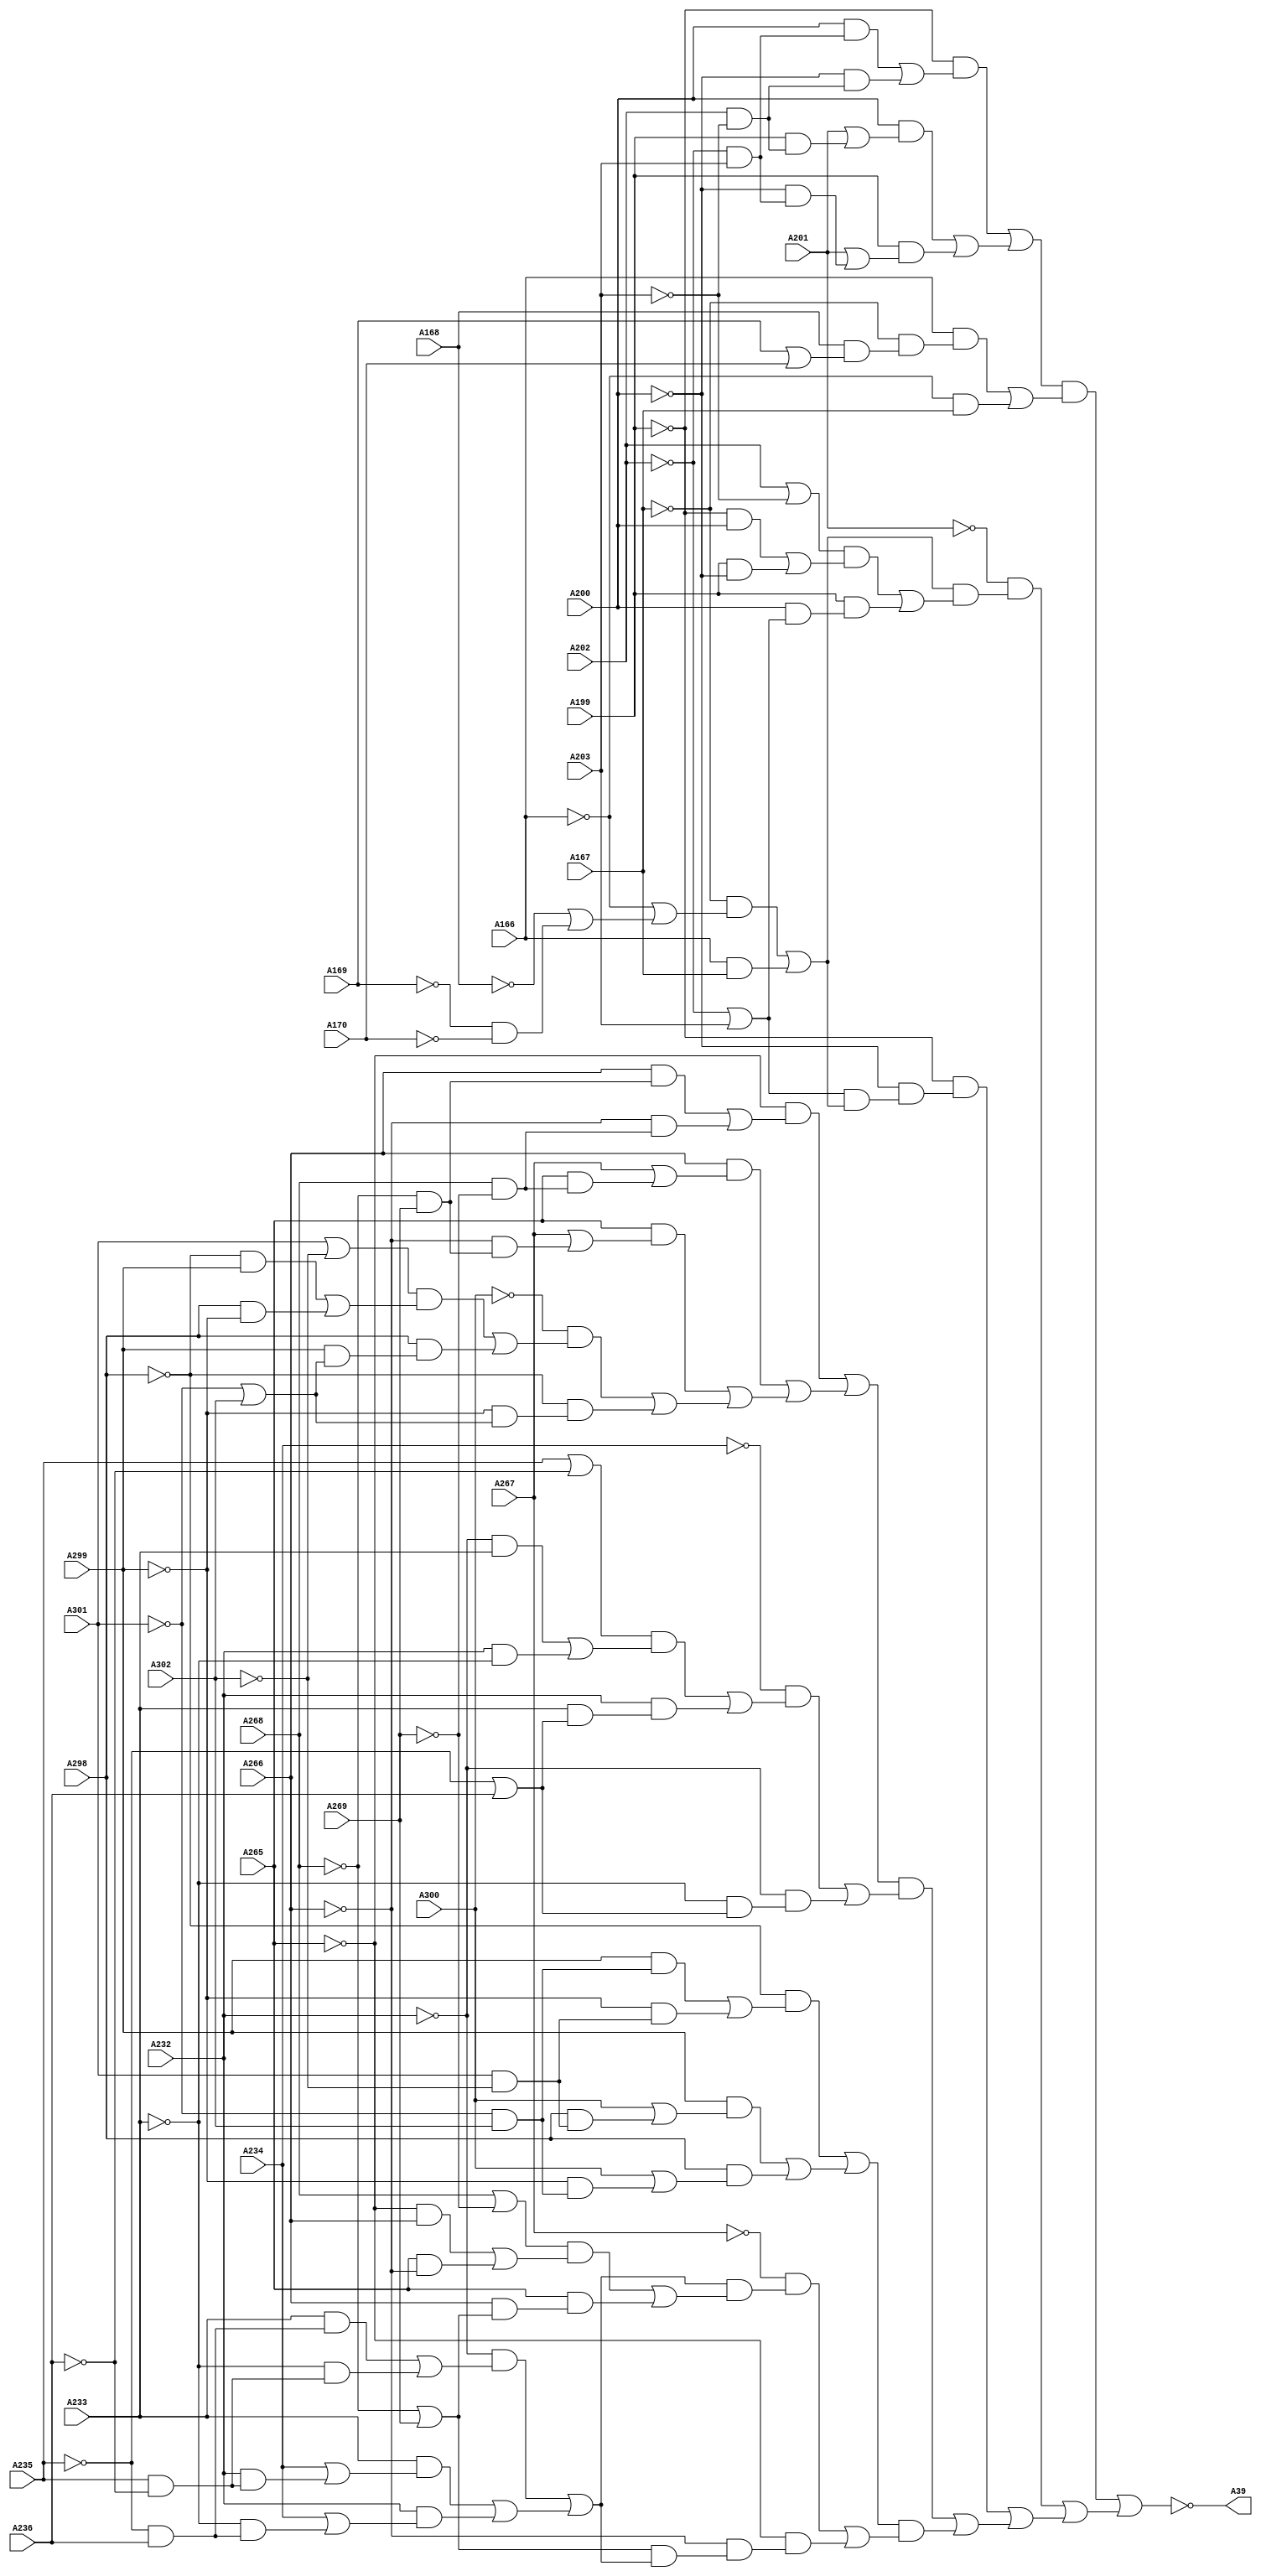
// Benchmark "testing" written by ABC on Thu Oct  8 22:16:34 2020

module testing ( 
    A302, A301, A300, A299, A298, A269, A268, A267, A266, A265, A236, A235,
    A234, A233, A232, A203, A202, A201, A200, A199, A166, A167, A168, A169,
    A170,
    A39  );
  input  A302, A301, A300, A299, A298, A269, A268, A267, A266, A265,
    A236, A235, A234, A233, A232, A203, A202, A201, A200, A199, A166, A167,
    A168, A169, A170;
  output A39;
  wire new_n_32_, new_n_33_, new_n_37_, new_n_38_, new_n_39_, new_n_40_,
    new_n_46_, new_n_47_, new_n_48_, new_n_49_, new_n_55_, new_n_56_,
    new_n_57_, new_n_58_, new_n_59_, new_n_60_, new_n_66_, new_n_67_,
    new_n_68_, new_n_69_, new_n_72_, new_n_73_, new_n_74_, new_n_81_,
    new_n_82_, new_n_83_, new_n_84_, new_n_87_, new_n_88_, new_n_91_,
    new_n_94_, new_n_97_, new_n_98_, new_n_99_, new_n_104_, new_n_105_,
    new_n_106_, new_n_107_, new_n_108_, new_n_109_, new_n_114_, new_n_120_,
    new_n_121_, new_n_122_, new_n_123_, new_n_126_, new_n_127_, new_n_128_,
    new_n_129_, new_n_130_, new_n_135_, new_n_136_, new_n_140_, new_n_141_,
    new_n_142_, new_n_143_, new_n_149_, new_n_150_, new_n_151_, new_n_152_,
    new_n_158_, new_n_159_, new_n_160_, new_n_161_, new_n_165_, new_n_168_,
    new_n_171_, new_n_172_, new_n_173_, new_n_178_, new_n_179_, new_n_180_,
    new_n_181_, new_n_182_, new_n_187_, new_n_188_, new_n_189_, new_n_190_,
    new_n_191_, new_n_192_, new_n_193_, new_n_197_, new_n_200_, new_n_203_,
    new_n_204_, new_n_205_, new_n_210_, new_n_211_, new_n_212_, new_n_213_,
    new_n_214_, new_n_219_, new_n_220_, new_n_221_, new_n_222_, new_n_223_,
    new_n_228_, new_n_229_, new_n_233_, new_n_234_, new_n_235_, new_n_236_,
    new_n_242_, new_n_243_, new_n_244_, new_n_245_, new_n_251_, new_n_252_,
    new_n_253_, new_n_254_, new_n_255_, new_n_256_, new_n_262_, new_n_263_,
    new_n_267_, new_n_268_, new_n_269_, new_n_270_, new_n_276_, new_n_277_,
    new_n_278_, new_n_279_, new_n_285_, new_n_286_, new_n_287_, new_n_288_,
    new_n_289_, new_n_290_, new_n_293_, new_n_296_, new_n_299_, new_n_300_,
    new_n_301_, new_n_306_, new_n_307_, new_n_308_, new_n_309_, new_n_310_,
    new_n_311_, new_n_316_, new_n_321_, new_n_322_, new_n_326_, new_n_327_,
    new_n_328_, new_n_329_, new_n_335_, new_n_336_, new_n_337_, new_n_338_,
    new_n_344_, new_n_345_, new_n_346_, new_n_347_, new_n_348_, new_n_349_,
    new_n_350_, new_n_351_, new_n_352_, new_n_353_, new_n_354_, new_n_355_,
    new_n_356_, new_n_357_, new_n_358_;
  assign A39 = ~new_n_358_;
  assign new_n_32_ = ~A202 & A203;
  assign new_n_33_ = A200 & new_n_32_;
  assign new_n_37_ = A202 & ~A203;
  assign new_n_38_ = ~A200 & new_n_37_;
  assign new_n_39_ = new_n_33_ | new_n_38_;
  assign new_n_40_ = ~A199 & new_n_39_;
  assign new_n_46_ = A202 & ~A203;
  assign new_n_47_ = A199 & new_n_46_;
  assign new_n_48_ = A201 | new_n_47_;
  assign new_n_49_ = A200 & new_n_48_;
  assign new_n_55_ = ~A202 & A203;
  assign new_n_56_ = ~A200 & new_n_55_;
  assign new_n_57_ = A201 | new_n_56_;
  assign new_n_58_ = A199 & new_n_57_;
  assign new_n_59_ = new_n_49_ | new_n_58_;
  assign new_n_60_ = new_n_40_ | new_n_59_;
  assign new_n_66_ = A169 | A170;
  assign new_n_67_ = A168 & new_n_66_;
  assign new_n_68_ = ~A167 & new_n_67_;
  assign new_n_69_ = A166 & new_n_68_;
  assign new_n_72_ = ~A166 & A167;
  assign new_n_73_ = new_n_69_ | new_n_72_;
  assign new_n_74_ = new_n_60_ & new_n_73_;
  assign new_n_81_ = ~A169 & ~A170;
  assign new_n_82_ = ~A168 | new_n_81_;
  assign new_n_83_ = ~A166 | new_n_82_;
  assign new_n_84_ = ~A167 & new_n_83_;
  assign new_n_87_ = A166 & A167;
  assign new_n_88_ = new_n_84_ | new_n_87_;
  assign new_n_91_ = A202 | ~A203;
  assign new_n_94_ = ~A199 & A200;
  assign new_n_97_ = A199 & ~A200;
  assign new_n_98_ = new_n_94_ | new_n_97_;
  assign new_n_99_ = new_n_91_ & new_n_98_;
  assign new_n_104_ = ~A202 | A203;
  assign new_n_105_ = A200 & new_n_104_;
  assign new_n_106_ = A199 & new_n_105_;
  assign new_n_107_ = new_n_99_ | new_n_106_;
  assign new_n_108_ = new_n_88_ & new_n_107_;
  assign new_n_109_ = ~A201 & new_n_108_;
  assign new_n_114_ = ~A202 | A203;
  assign new_n_120_ = ~A169 & ~A170;
  assign new_n_121_ = ~A168 | new_n_120_;
  assign new_n_122_ = ~A166 | new_n_121_;
  assign new_n_123_ = ~A167 & new_n_122_;
  assign new_n_126_ = A166 & A167;
  assign new_n_127_ = new_n_123_ | new_n_126_;
  assign new_n_128_ = new_n_114_ & new_n_127_;
  assign new_n_129_ = ~A200 & new_n_128_;
  assign new_n_130_ = ~A199 & new_n_129_;
  assign new_n_135_ = ~A268 & A269;
  assign new_n_136_ = A266 & new_n_135_;
  assign new_n_140_ = A268 & ~A269;
  assign new_n_141_ = ~A266 & new_n_140_;
  assign new_n_142_ = new_n_136_ | new_n_141_;
  assign new_n_143_ = ~A265 & new_n_142_;
  assign new_n_149_ = A268 & ~A269;
  assign new_n_150_ = A265 & new_n_149_;
  assign new_n_151_ = A267 | new_n_150_;
  assign new_n_152_ = A266 & new_n_151_;
  assign new_n_158_ = ~A268 & A269;
  assign new_n_159_ = ~A266 & new_n_158_;
  assign new_n_160_ = A267 | new_n_159_;
  assign new_n_161_ = A265 & new_n_160_;
  assign new_n_165_ = A301 | ~A302;
  assign new_n_168_ = ~A298 & A299;
  assign new_n_171_ = A298 & ~A299;
  assign new_n_172_ = new_n_168_ | new_n_171_;
  assign new_n_173_ = new_n_165_ & new_n_172_;
  assign new_n_178_ = ~A301 | A302;
  assign new_n_179_ = A299 & new_n_178_;
  assign new_n_180_ = A298 & new_n_179_;
  assign new_n_181_ = new_n_173_ | new_n_180_;
  assign new_n_182_ = ~A300 & new_n_181_;
  assign new_n_187_ = ~A301 | A302;
  assign new_n_188_ = ~A299 & new_n_187_;
  assign new_n_189_ = ~A298 & new_n_188_;
  assign new_n_190_ = new_n_182_ | new_n_189_;
  assign new_n_191_ = new_n_161_ | new_n_190_;
  assign new_n_192_ = new_n_152_ | new_n_191_;
  assign new_n_193_ = new_n_143_ | new_n_192_;
  assign new_n_197_ = A235 | ~A236;
  assign new_n_200_ = ~A232 & A233;
  assign new_n_203_ = A232 & ~A233;
  assign new_n_204_ = new_n_200_ | new_n_203_;
  assign new_n_205_ = new_n_197_ & new_n_204_;
  assign new_n_210_ = ~A235 | A236;
  assign new_n_211_ = A233 & new_n_210_;
  assign new_n_212_ = A232 & new_n_211_;
  assign new_n_213_ = new_n_205_ | new_n_212_;
  assign new_n_214_ = ~A234 & new_n_213_;
  assign new_n_219_ = ~A235 | A236;
  assign new_n_220_ = ~A233 & new_n_219_;
  assign new_n_221_ = ~A232 & new_n_220_;
  assign new_n_222_ = new_n_214_ | new_n_221_;
  assign new_n_223_ = new_n_193_ & new_n_222_;
  assign new_n_228_ = ~A301 & A302;
  assign new_n_229_ = A299 & new_n_228_;
  assign new_n_233_ = A301 & ~A302;
  assign new_n_234_ = ~A299 & new_n_233_;
  assign new_n_235_ = new_n_229_ | new_n_234_;
  assign new_n_236_ = ~A298 & new_n_235_;
  assign new_n_242_ = A301 & ~A302;
  assign new_n_243_ = A298 & new_n_242_;
  assign new_n_244_ = A300 | new_n_243_;
  assign new_n_245_ = A299 & new_n_244_;
  assign new_n_251_ = ~A301 & A302;
  assign new_n_252_ = ~A299 & new_n_251_;
  assign new_n_253_ = A300 | new_n_252_;
  assign new_n_254_ = A298 & new_n_253_;
  assign new_n_255_ = new_n_245_ | new_n_254_;
  assign new_n_256_ = new_n_236_ | new_n_255_;
  assign new_n_262_ = ~A235 & A236;
  assign new_n_263_ = A233 & new_n_262_;
  assign new_n_267_ = A235 & ~A236;
  assign new_n_268_ = ~A233 & new_n_267_;
  assign new_n_269_ = new_n_263_ | new_n_268_;
  assign new_n_270_ = ~A232 & new_n_269_;
  assign new_n_276_ = A235 & ~A236;
  assign new_n_277_ = A232 & new_n_276_;
  assign new_n_278_ = A234 | new_n_277_;
  assign new_n_279_ = A233 & new_n_278_;
  assign new_n_285_ = ~A235 & A236;
  assign new_n_286_ = ~A233 & new_n_285_;
  assign new_n_287_ = A234 | new_n_286_;
  assign new_n_288_ = A232 & new_n_287_;
  assign new_n_289_ = new_n_279_ | new_n_288_;
  assign new_n_290_ = new_n_270_ | new_n_289_;
  assign new_n_293_ = A268 | ~A269;
  assign new_n_296_ = ~A265 & A266;
  assign new_n_299_ = A265 & ~A266;
  assign new_n_300_ = new_n_296_ | new_n_299_;
  assign new_n_301_ = new_n_293_ & new_n_300_;
  assign new_n_306_ = ~A268 | A269;
  assign new_n_307_ = A266 & new_n_306_;
  assign new_n_308_ = A265 & new_n_307_;
  assign new_n_309_ = new_n_301_ | new_n_308_;
  assign new_n_310_ = new_n_290_ & new_n_309_;
  assign new_n_311_ = ~A267 & new_n_310_;
  assign new_n_316_ = ~A268 | A269;
  assign new_n_321_ = ~A235 & A236;
  assign new_n_322_ = A233 & new_n_321_;
  assign new_n_326_ = A235 & ~A236;
  assign new_n_327_ = ~A233 & new_n_326_;
  assign new_n_328_ = new_n_322_ | new_n_327_;
  assign new_n_329_ = ~A232 & new_n_328_;
  assign new_n_335_ = A235 & ~A236;
  assign new_n_336_ = A232 & new_n_335_;
  assign new_n_337_ = A234 | new_n_336_;
  assign new_n_338_ = A233 & new_n_337_;
  assign new_n_344_ = ~A235 & A236;
  assign new_n_345_ = ~A233 & new_n_344_;
  assign new_n_346_ = A234 | new_n_345_;
  assign new_n_347_ = A232 & new_n_346_;
  assign new_n_348_ = new_n_338_ | new_n_347_;
  assign new_n_349_ = new_n_329_ | new_n_348_;
  assign new_n_350_ = new_n_316_ & new_n_349_;
  assign new_n_351_ = ~A266 & new_n_350_;
  assign new_n_352_ = ~A265 & new_n_351_;
  assign new_n_353_ = new_n_311_ | new_n_352_;
  assign new_n_354_ = new_n_256_ & new_n_353_;
  assign new_n_355_ = new_n_223_ | new_n_354_;
  assign new_n_356_ = new_n_130_ | new_n_355_;
  assign new_n_357_ = new_n_109_ | new_n_356_;
  assign new_n_358_ = new_n_74_ | new_n_357_;
endmodule